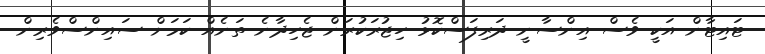
ޓައިޓާން އަކީ ވެސް އިންސާނީ ދަރިފަސްކޮޅު ހިޖުރަކުރަން ޖެހިދާނެ ތަނެއް ކަމަށް ސައިންސްވެރިން